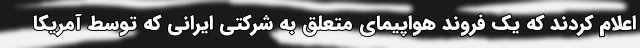
اعلام کردند که یک فروند هواپیمای متعلق به شرکتی ایرانی که توسط آمریکا